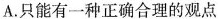
A.只能有一种正确合理的观点